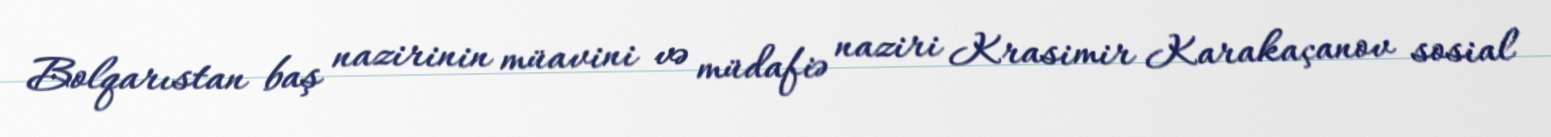
Bolqarıstan baş nazirinin müavini və müdafiə naziri Krasimir Karakaçanov sosial